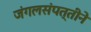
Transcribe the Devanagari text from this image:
जंगलसंपत्तीने